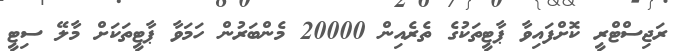
ރަޖިސްޓްރީ ކޮށްފައިވާ ޕާޓީތަކުގެ ތެރެއިން 20000 މެންބަރުން ހަމަވާ ޕާޓީތަކަށް މާލޭ ސިޓީ